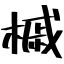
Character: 槭